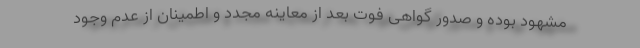
مشهود بوده و صدور گواهی فوت بعد از معاینه مجدد و اطمینان از عدم وجود